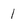
Character: 1